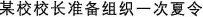
某校校长准备组织一次夏令